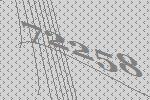
72258